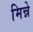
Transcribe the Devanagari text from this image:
मिन्ने